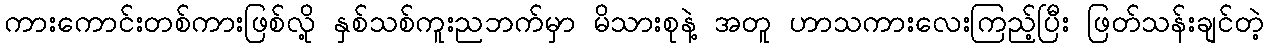
ကားကောင်းတစ်ကားဖြစ်လို့ နှစ်သစ်ကူးညဘက်မှာ မိသားစုနဲ့ အတူ ဟာသကားလေးကြည့်ပြီး ဖြတ်သန်းချင်တဲ့